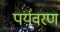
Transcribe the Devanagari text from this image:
पर्यवरण